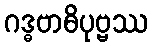
ဂဒ္ဓဗာဓိပုဗ္ဗဿ